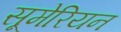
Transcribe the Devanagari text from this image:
सूमेरियन